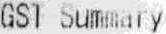
GST SUMMARY